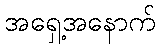
အရှေ့အနောက်